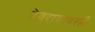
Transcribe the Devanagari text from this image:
देवरायांवरही